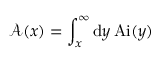
{ \mathcal A ( x ) = \int _ { x } ^ { \infty } \mathrm { d } y \, \mathrm { A i } ( y ) }